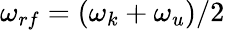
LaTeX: \omega_{rf}=(\omega_{k}+\omega_{u})/2